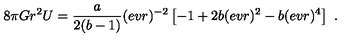
8 \pi G r ^ { 2 } U = { \frac { { a } } { 2 ( { { b } } - 1 ) } } ( e v r ) ^ { - 2 } \left[ - 1 + 2 { { b } } ( e v r ) ^ { 2 } - { { b } } ( e v r ) ^ { 4 } \right] \ .